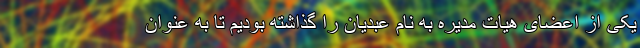
یکی از اعضای هیات مدیره به نام عبدیان را گذاشته بودیم تا به عنوان